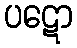
ပဋော